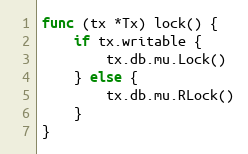
Language: Go
func (tx *Tx) lock() {
	if tx.writable {
		tx.db.mu.Lock()
	} else {
		tx.db.mu.RLock()
	}
}